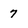
Character: 7